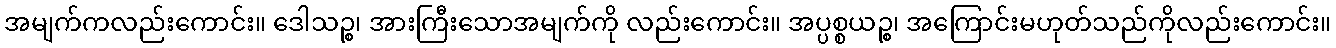
အမျက်ကလည်းကောင်း။ ဒေါသဉ္စ၊ အားကြီးသောအမျက်ကို လည်းကောင်း။ အပ္ပစ္စယဉ္စ၊ အကြောင်းမဟုတ်သည်ကိုလည်းကောင်း။